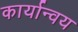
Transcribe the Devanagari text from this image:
कार्यान्वय